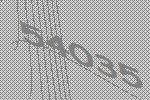
54035